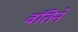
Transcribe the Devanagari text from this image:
वतिने